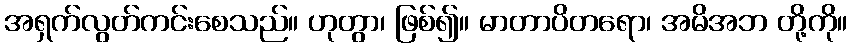
အရှက်လွတ်ကင်းစေသည်။ ဟုတွာ၊ ဖြစ်၍။ မာတာပိတရော၊ အမိအဘ တို့ကို။